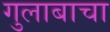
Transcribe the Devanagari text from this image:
गुलाबाचा